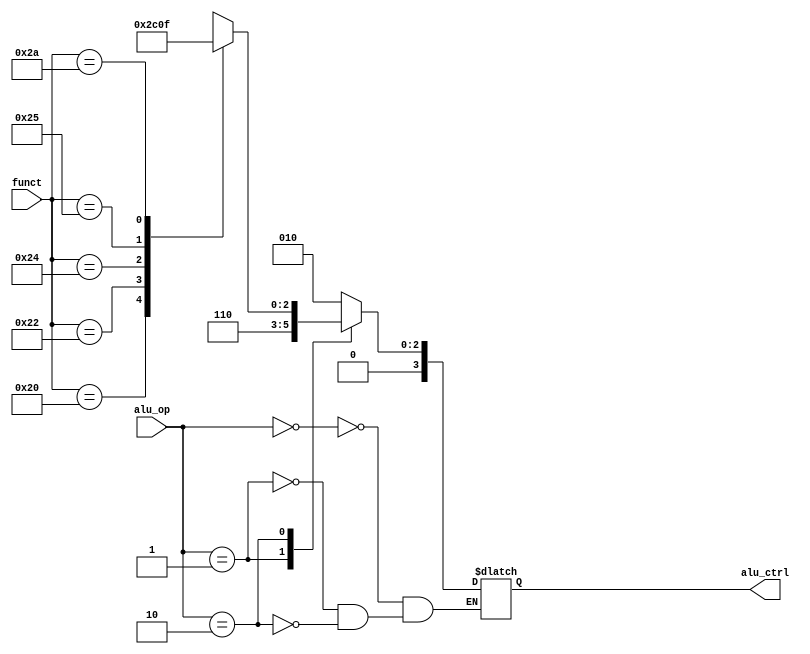
module ALUControl(
    input [1:0] alu_op,
    input [5:0] funct,
    output reg [3:0] alu_ctrl
);

    always @(*) begin
        case (alu_op)
            2'b00: alu_ctrl = 3'b010; // LW e SW (ADD)
            2'b01: alu_ctrl = 3'b110; // BEQ (SUB)
            2'b10: begin
                case (funct)
                    6'b100000: alu_ctrl = 3'b010; // ADD
                    6'b100010: alu_ctrl = 3'b110; // SUB
                    6'b100100: alu_ctrl = 3'b000; // AND
                    6'b100101: alu_ctrl = 3'b001; // OR
                    6'b101010: alu_ctrl = 3'b111; // SLT
                    default: alu_ctrl = 3'bxxx; // Invlido
                endcase
            end
        endcase
    end

endmodule